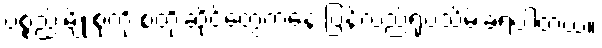
ပစ္စည်းမျိုးစုံကို စတိုးဆိုင်တွေကနေ ပြန်လည်ရုပ်သိမ်းခဲ့ရပါတယ်။